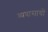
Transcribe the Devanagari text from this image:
व्यवासायों